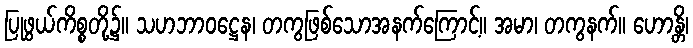
ပြုဖွယ်ကိစ္စတို့၌။ သဟဘာဝဋ္ဌေန၊ တကွဖြစ်သောအနက်ကြောင့်။ အမာ၊ တကွနက်။ ဟောန္တိ၊